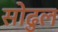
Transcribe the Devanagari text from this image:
सोढुल